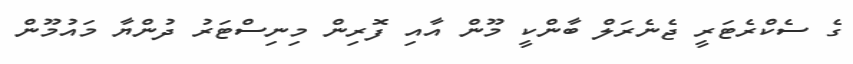
ގެ ސެކްރެޓަރީ ޖެނެރަލް ބާންކީ މޫން އާއި ފޮރިން މިނިސްޓަރު ދުންޔާ މައުމޫން